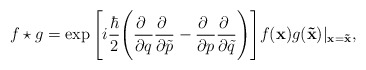
\begin{align*}f\star g = \exp \Bigg[ i\frac{\hbar}{2}\Bigg(\frac{\partial~}{\partial q}\frac{\partial~}{\partial\tilde p}-\frac{\partial~}{\partial p}\frac{\partial~}{\partial\tilde q}\Bigg)\Bigg] f({\bf x}) g({\bf \tilde x}) \vert_{{\bf x} = {\bf\tilde x}},\end{align*}